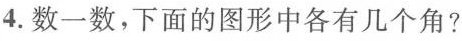
4.数一数，下面的图形中各有几个角?